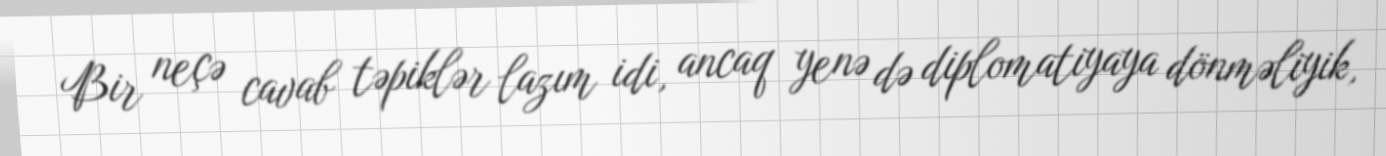
Bir neçə cavab təpiklər lazım idi, ancaq yenə də diplomatiyaya dönməliyik,